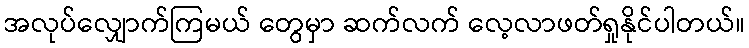
အလုပ်လျှောက်ကြမယ် တွေမှာ ဆက်လက် လေ့လာဖတ်ရှုနိုင်ပါတယ်။